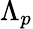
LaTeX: \Lambda_{p}